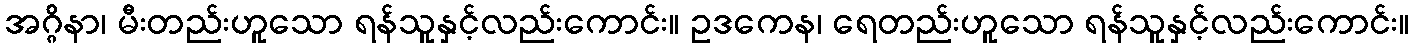
အဂ္ဂိနာ၊ မီးတည်းဟူသော ရန်သူနှင့်လည်းကောင်း။ ဥဒကေန၊ ရေတည်းဟူသော ရန်သူနှင့်လည်းကောင်း။